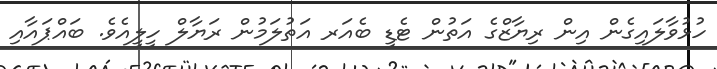
ހުޅުވާލައިގެން އިން ރިޔާޒްގެ އަތުން ޓެޑީ ބެއަރ އަތުލަމުން ރަޔާލް ހީލީއެވެ. ބައްޕައާއި